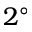
2 ^ { \circ }